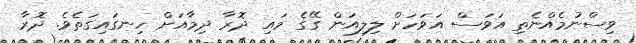
ވިސްނުމެއްނެތި އަވަސް އަވަހަށް ލިލިއަން ގޭގެ މައި ދޮރާ ދިމާއަށް ހިނގައިގަތެވެ. ދޮރާ